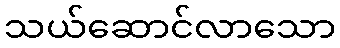
သယ်ဆောင်လာသော